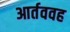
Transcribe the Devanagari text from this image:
आर्तववह